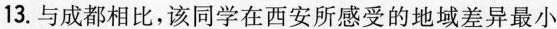
13.与成都相比，该同学在西安所感受的地域差异最小